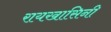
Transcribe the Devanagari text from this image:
रायखासिनी